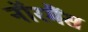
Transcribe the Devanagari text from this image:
नॉरमैंस